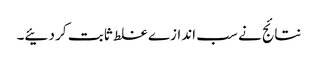
نتائج نے سب اندازے غلط ثابت کر دئیے۔